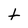
Character: t